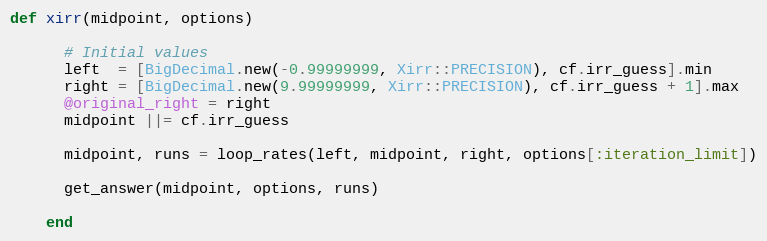
Language: Ruby
def xirr(midpoint, options)

      # Initial values
      left  = [BigDecimal.new(-0.99999999, Xirr::PRECISION), cf.irr_guess].min
      right = [BigDecimal.new(9.99999999, Xirr::PRECISION), cf.irr_guess + 1].max
      @original_right = right
      midpoint ||= cf.irr_guess

      midpoint, runs = loop_rates(left, midpoint, right, options[:iteration_limit])

      get_answer(midpoint, options, runs)

    end